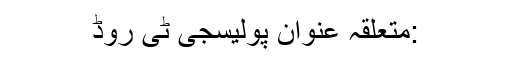
:متعلقہ عنوان پولیسجی ٹی روڈ